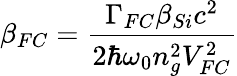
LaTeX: \beta_{FC}=\frac{\Gamma_{FC}\beta_{Si}c^{2}}{2\hbar\omega_{0}n_{g}^{2}V_{FC}^{2}}